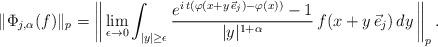
LaTeX: \begin{align*}\|\Phi_{j, \alpha}(f)\|_p = \left \|\,\lim_{\epsilon \to 0}\int_{|y| \geq \epsilon} \frac{e^{i\,t(\varphi(x+y\,\vec e_j)-\varphi(x))}-1}{|y|^{1+\alpha}}\,f(x+y\,\vec e_j)\, dy \, \right \|_p.\end{align*}